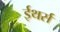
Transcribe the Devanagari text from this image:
ईथर्स